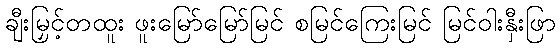
ချီးမြှင့်တထူး ဖူးမြော်မြော်မြင် စမြင်ကြေးမြင် မြင်ဝါးနှီးဖြာ